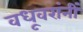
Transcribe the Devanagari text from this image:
वधूवरांनीं